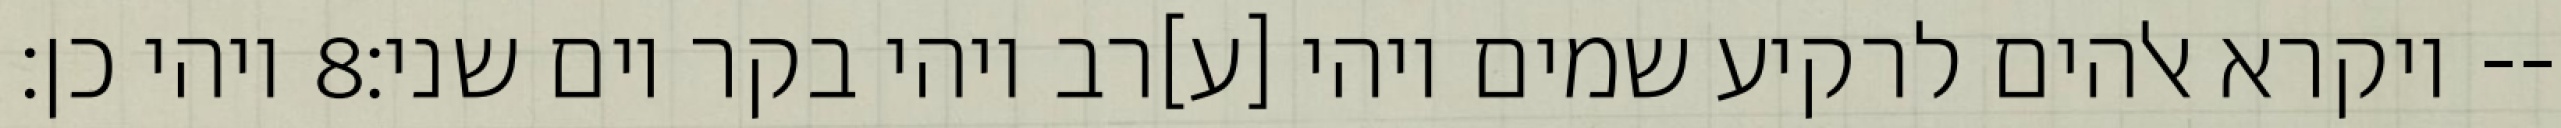
ויהי כן׃ ‎8‏ ויקרא אלהים לרקיע שמים ויהי [ע]רב ויהי בקר יום שני׃--